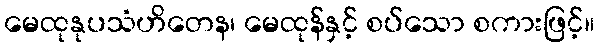
မေထုနုပသံဟိတေန၊ မေထုန်နှင့် စပ်သော စကားဖြင့်။